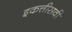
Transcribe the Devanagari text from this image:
इकत्तीसवी